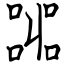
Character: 嘂